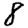
Digit: 8